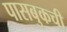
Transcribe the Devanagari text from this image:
पासबुकची